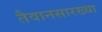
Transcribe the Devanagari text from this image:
तैवानसारख्या